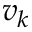
v _ { k }